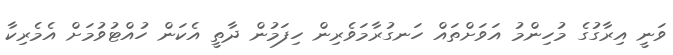
ވަނީ އިރާގުގެ މުހިންމު އަވަށްތައް ހަނގުރާމަވެރިން ހިފަމުން ދާތީ އެކަން ހުއްޓުވުމަށް އެމެރިކާ